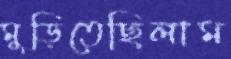
মুড়িতেছিলাম